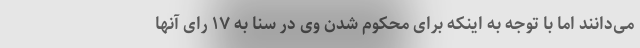
می‌دانند اما با توجه به اینکه برای محکوم شدن وی در سنا به ۱۷ رای آنها